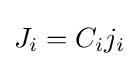
J_{i}={C_{i}}{j_{i}}